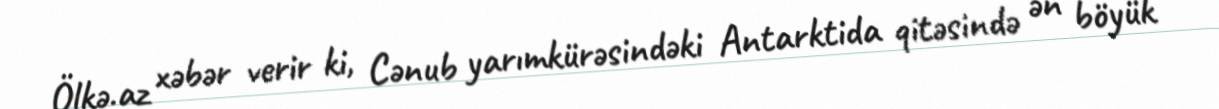
Ölkə.az xəbər verir ki, Cənub yarımkürəsindəki Antarktida qitəsində ən böyük